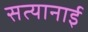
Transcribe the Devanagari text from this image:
सत्यानाई